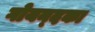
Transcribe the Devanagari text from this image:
गोयन्‍दका